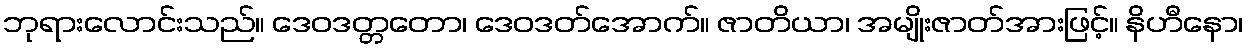
ဘုရားလောင်းသည်။ ဒေဝဒတ္တတော၊ ဒေဝဒတ်အောက်။ ဇာတိယာ၊ အမျိုးဇာတ်အားဖြင့်။ နိဟီနော၊